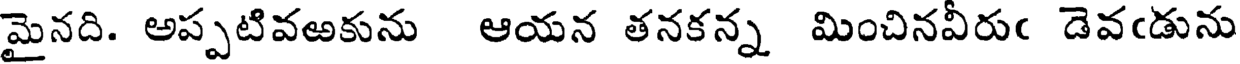
మైనది. అప్పటివఱకును ఆయన తనకన్న మించినవీరుఁ డెవఁడును